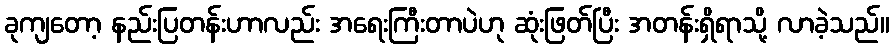
ခုကျတော့ နည်းပြတန်းဟာလည်း အရေးကြီးတာပဲဟု ဆုံးဖြတ်ပြီး အတန်းရှိရာသို့ လာခဲ့သည်။